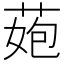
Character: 𦰾